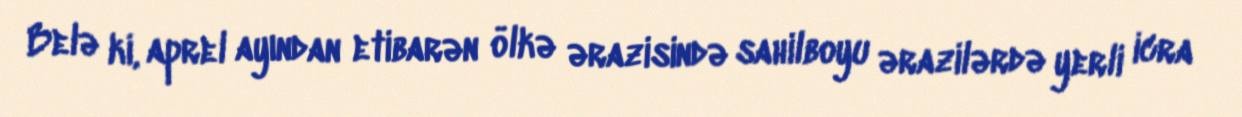
Belə ki, aprel ayından etibarən ölkə ərazisində sahilboyu ərazilərdə yerli icra